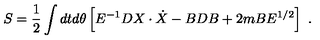
S = { \frac { 1 } { 2 } } \int d t d \theta \left[ E ^ { - 1 } D X \cdot \dot { X } - B D B + 2 m B E ^ { 1 / 2 } \right] \ .